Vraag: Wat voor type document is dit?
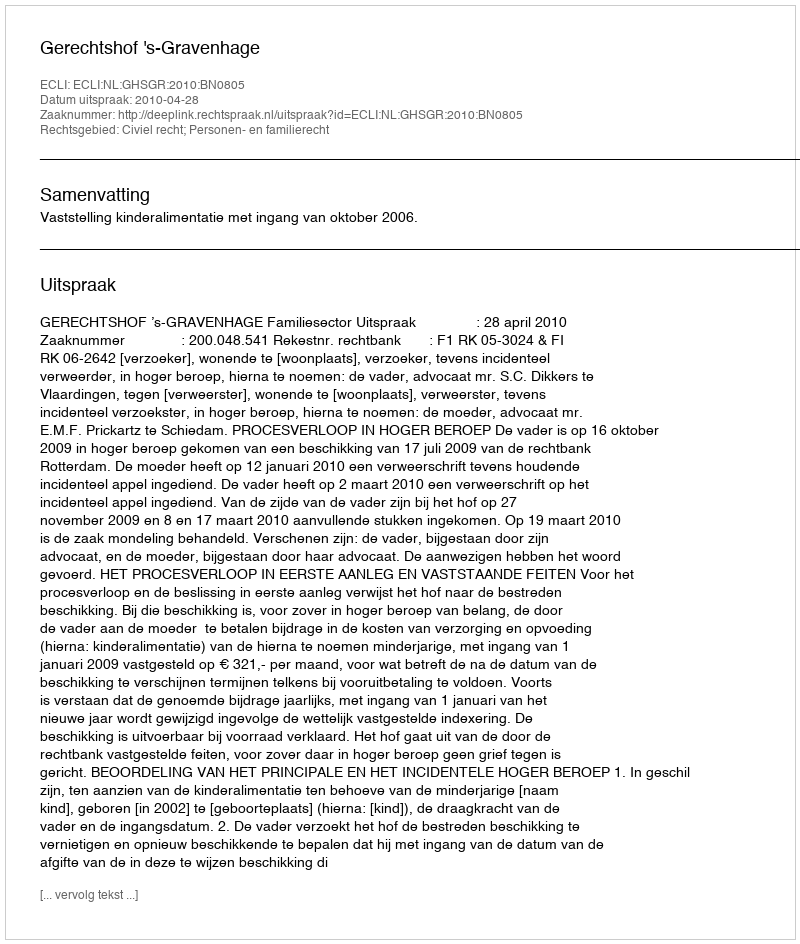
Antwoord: Uitspraak